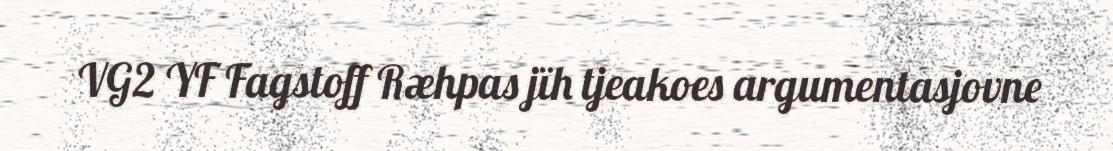
VG2 YF Fagstoff Ræhpas jïh tjeakoes argumentasjovne